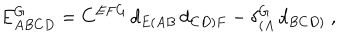
E _ { A B C D } ^ { G } = C ^ { E F G } \, d _ { E ( A B } \, d _ { C D ) F } - \delta _ { ( A } ^ { G } \, d _ { B C D ) } \ ,